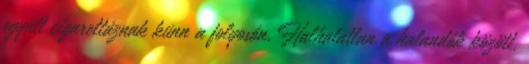
együtt cigarettáznak künn a folyosón. Halhatatlan a halandók között.